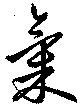
氣